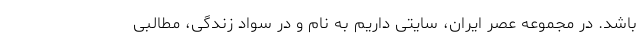
باشد. در مجموعه عصر ایران، سایتی داریم به نام و در سواد زندگی، مطالبی